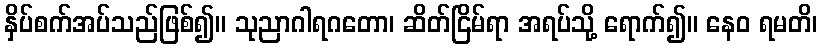
နှိပ်စက်အပ်သည်ဖြစ်၍။ သုညာဂါရဂတော၊ ဆိတ်ငြိမ်ရာ အရပ်သို့ ရောက်၍။ နေဝ ရမတိ၊